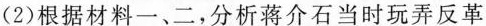
(2)根据材料一、二，分析蒋介石当时玩弄反革